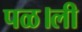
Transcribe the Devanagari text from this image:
पळ।ली